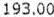
193.00